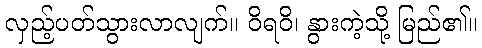
လှည့်ပတ်သွားလာလျက်။ ဝိရဝိ၊ နွားကဲ့သို့ မြည်၏။